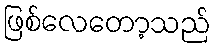
ဖြစ်လေတော့သည်